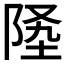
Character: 𨹡